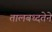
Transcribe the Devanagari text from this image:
तालबध्दतेने